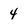
Character: 4